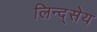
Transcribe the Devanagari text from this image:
लिन्द्सेय